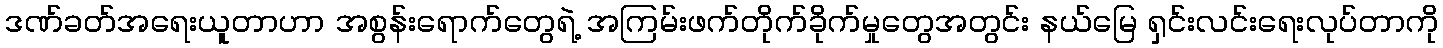
ဒဏ်ခတ်အရေးယူတာဟာ အစွန်းရောက်တွေရဲ့ အကြမ်းဖက်တိုက်ခိုက်မှုတွေအတွင်း နယ်မြေ ရှင်းလင်းရေးလုပ်တာကို